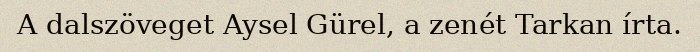
A dalszöveget Aysel Gürel, a zenét Tarkan írta.